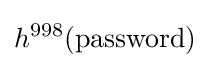
h^{998}(\mathrm {password} )